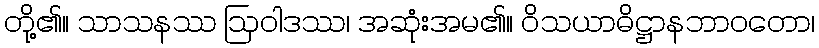
တို့၏။ သာသနဿ ဩဝါဒဿ၊ အဆုံးအမ၏။ ဝိသယာဓိဋ္ဌာနဘာဝတော၊